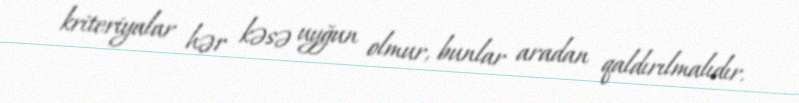
kriteriyalar hər kəsə uyğun olmur, bunlar aradan qaldırılmalıdır.